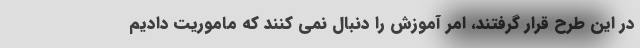
در این طرح قرار گرفتند، امر آموزش را دنبال نمی کنند که ماموریت دادیم